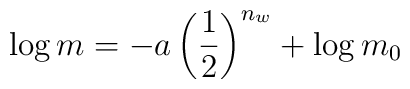
\log m  = -a\left(\frac{1}{2}\right)^{n_w} + \log m_0